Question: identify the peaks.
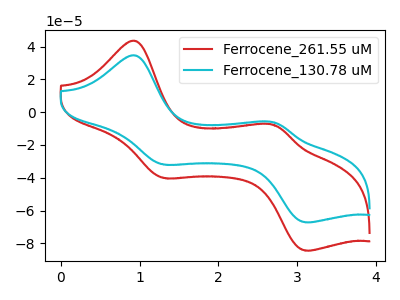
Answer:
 <answer>The red curve "Ferrocene_261.55 uM" has anodic peaks at (0.95V, 43.45uA) (2.70V, -7.95uA) and cathodic peaks at (1.30V, -40.15uA) (3.10V, -84.40uA). The cyan curve "Ferrocene_130.78 uM" has anodic peaks at (0.95V, 34.60uA) (2.70V, -6.35uA) and cathodic peaks at (1.30V, -31.95uA) (3.10V, -67.20uA).</answer>
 <eval></eval>